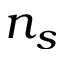
n _ { s }